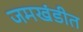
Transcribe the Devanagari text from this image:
जमखंडीत